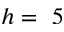
h = ~ 5